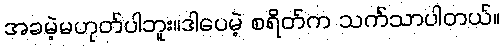
အခမဲ့မဟုတ်ပါဘူး။ဒါပေမဲ့ စရိတ်က သက်သာပါတယ်။